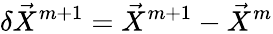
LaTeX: \delta\vec{X}^{m+1}=\vec{X}^{m+1}-\vec{X}^{m}